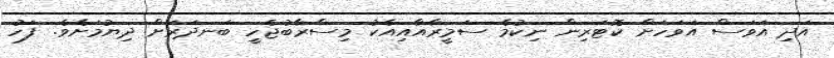
އަދި އަވަސް އަވަހަށް ކޮޓަރިން ނިކުމެ ސަމީރާއާއިއެކު މިސްރާބުޖެހީ ބަނދަރަށް ދިޔުމަށެވެ. ފަހު